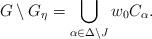
LaTeX: \begin{align*}G\setminus G_\eta =\bigcup_{\alpha \in \Delta \setminus J} w_0 C_\alpha.\end{align*}